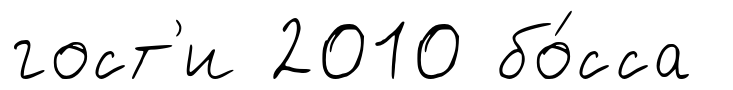
гост'и 2010 бо́сса